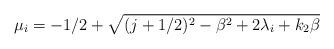
\begin{align*}\mu_{i} =-1/2+\sqrt{(j+1/2)^{2} - \beta ^{2} + 2 \lambda _{i} + k_{2}\beta }\end{align*}